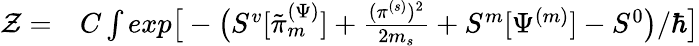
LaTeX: \begin{array}{rl}{\mathcal{Z}=}&{{}C\int exp\big[-\big(S^{v}[\tilde{\pi}_{m}^{(\Psi)}]+\frac{(\pi^{(s)})^{2}}{2m_{s}}+S^{m}[\Psi^{(m)}]-S^{0}\big)/\hbar\big]}\end{array}